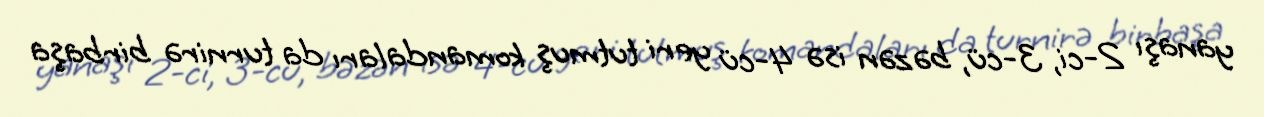
yanaşı 2-ci, 3-cü, bəzən isə 4-cü yeri tutmuş komandaları da turnirə birbaşa